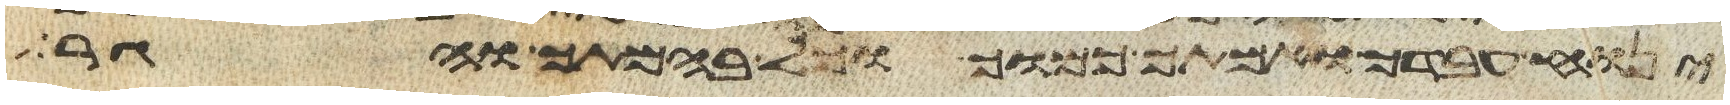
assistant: ינוח עבדך ואמתך כמוך וכל בהמתך והגר